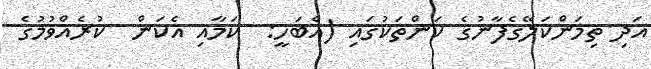
އަދި ތިމަންކަލޭގެފާނުގެ ކަންތަކުގައި (އެބަހީ:  ކަމާއި އެކަން  ކުރެއްވުމުގެ